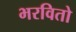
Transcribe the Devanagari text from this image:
भरवितो